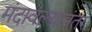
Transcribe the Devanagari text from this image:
मंदावल्यानंतर